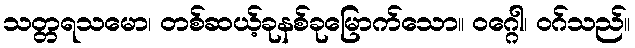
သတ္တရသမော၊ တစ်ဆယ့်ခုနစ်ခုမြောက်သော။ ဝဂ္ဂေါ၊ ဝဂ်သည်။